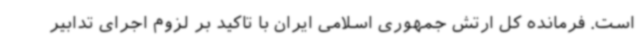
است. فرمانده کل ارتش جمهوری اسلامی ایران با تاکید بر لزوم اجرای تدابیر